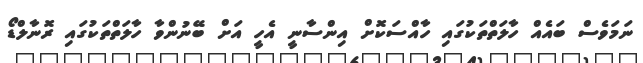
ނަމަވެސް ބައެއް ހާލަތްތަކުގައި ހާއްސަކޮށް އިންސާނީ އެހީ އަށް ބޭނުންވާ ހާލަތްތަކުގައި ރޮނާލްޑޯ